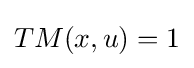
TM(x,u)=1